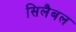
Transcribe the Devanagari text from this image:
सिलैबल